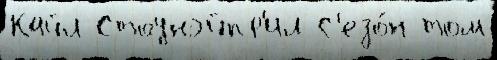
Кайл Стоунэйпр'ил С'езо́н том